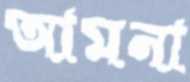
আমনা